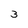
Character: 3